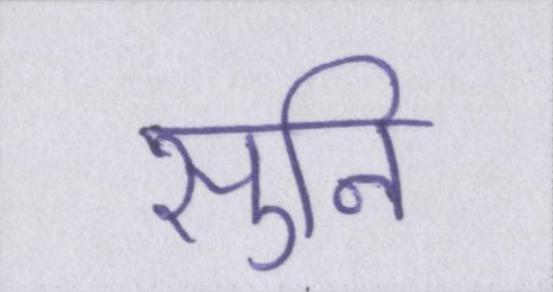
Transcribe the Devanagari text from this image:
सुनि